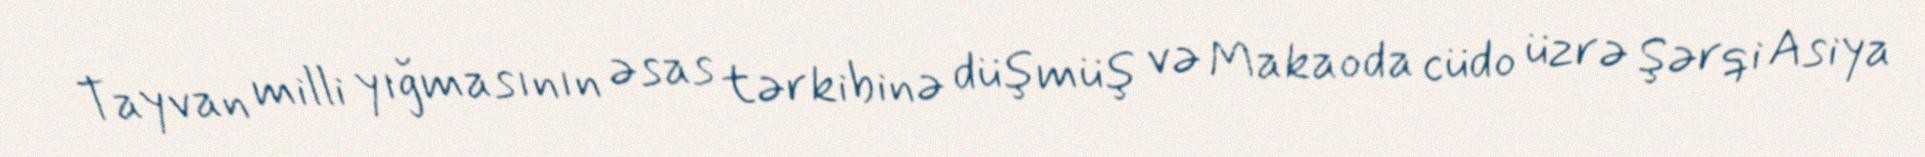
Tayvan milli yığmasının əsas tərkibinə düşmüş və Makaoda cüdo üzrə Şərqi Asiya